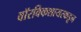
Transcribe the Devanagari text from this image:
वॉरविकशायरकडून